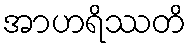
အာဟရိဿတိ